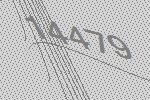
14479